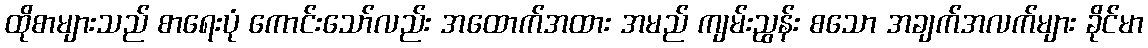
ထိုစာများသည် စာရေးပုံ ကောင်းသော်လည်း အထောက်အထား အမည် ကျမ်းညွန်း စသော အချက်အလက်များ ခိုင်မာ